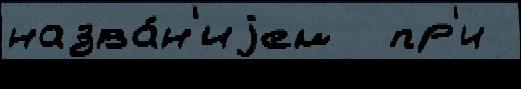
назва́н'иjем  пр'и